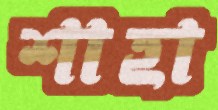
শাহা